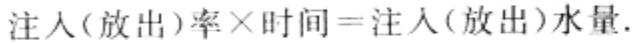
\(注入(放出)率\times 时间 = 注入(放出)水量.\)